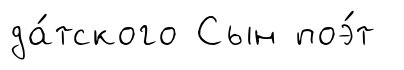
да́тского Сын поэ́т